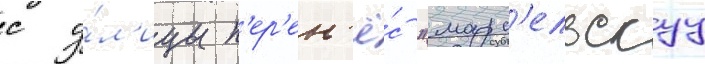
с у́л'ицы п'ер'ен'ё́с "марс'ельскуу